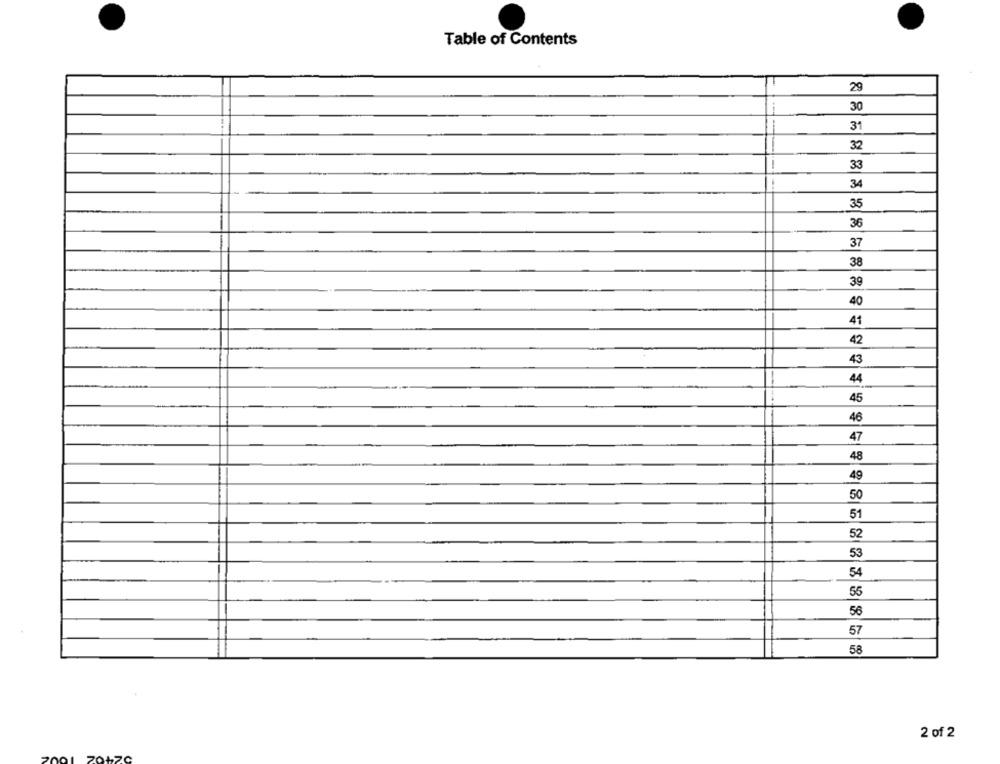
Table of Contents
29
30
31
32
33
34
35
36
37
38
39
40
41
42
43
44
45
46
47
48
49
50
51
52
53
54
55
56
57
58
2 of 2